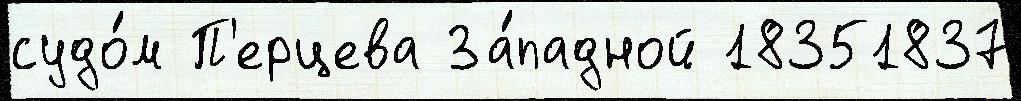
судо́м П'ерцева За́падной 18351837